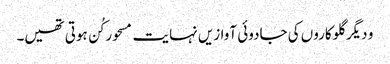
و دیگر گلوکاروں کی جادوئی آوازیں نہایت مسحور کُن ہوتی تھیں۔